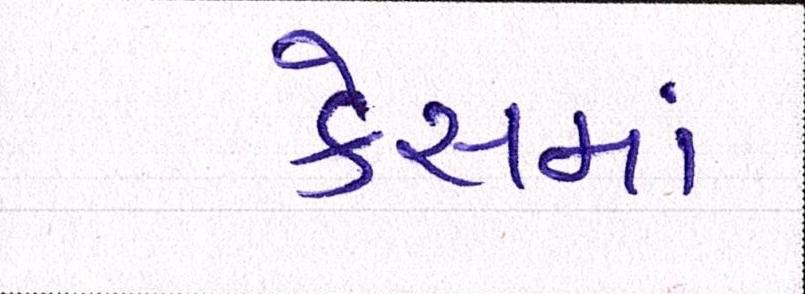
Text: કેસમાં